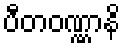
ပီတဝဏ္ဏာနိ